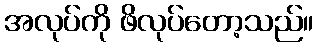
အလုပ်ကို ဖိလုပ်တော့သည်။